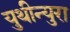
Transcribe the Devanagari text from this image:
युथीन्युरा